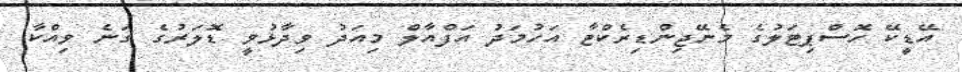
އޭޑީކޭ ހޮސްޕިޓަލުގެ މެނޭޖިންޑިރެކްޓާ އަހުމަދު އަފްއާލް މިއަދު ވިދާޅުވީ ޑޮލަރުގެ ގަނެ ވިއްކާ